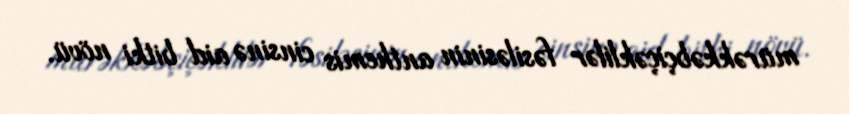
mürəkkəbçiçəklilər fəsiləsinin anthemis cinsinə aid bitki növü.